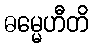
ဓမ္မေဟီတိ